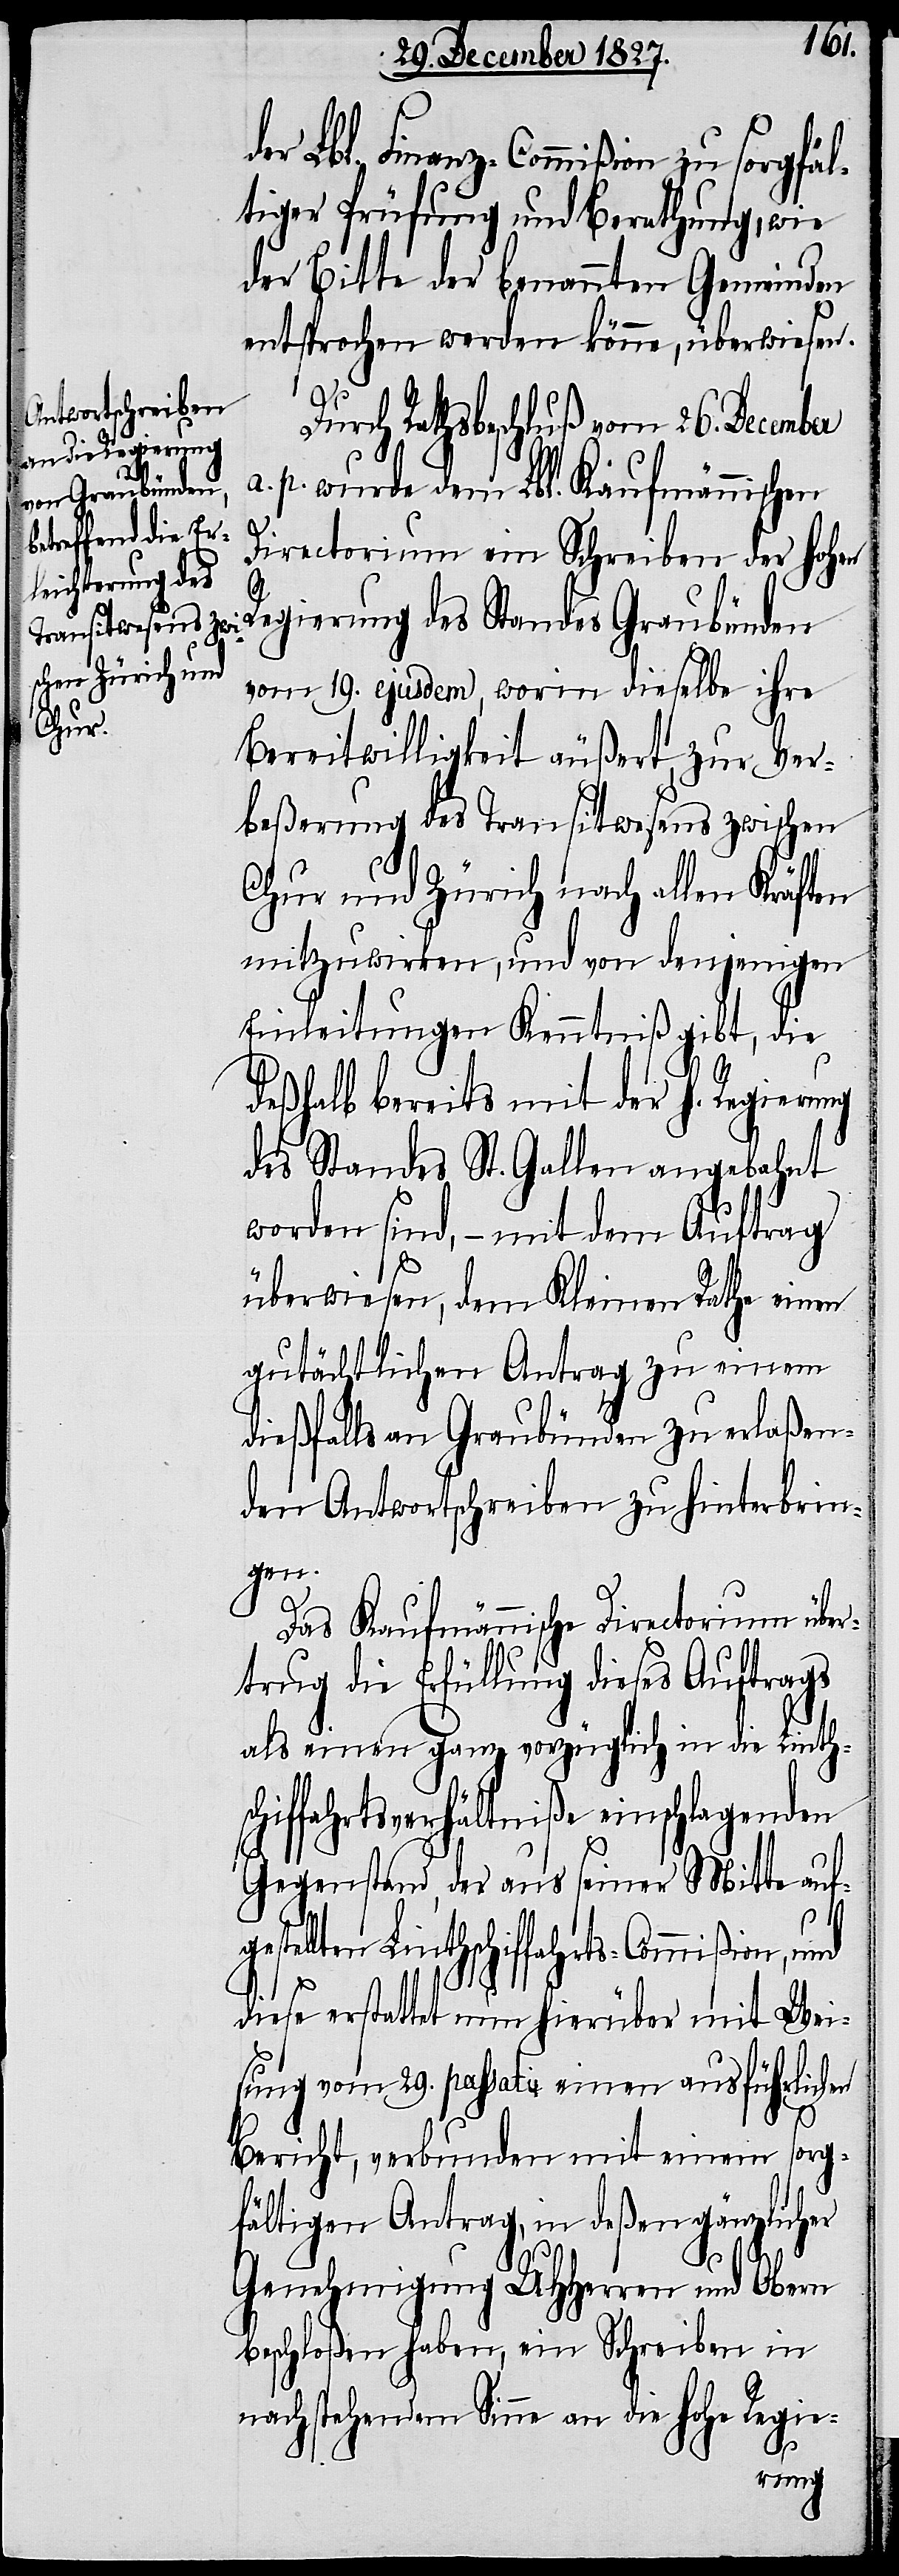
der Llb. Finanz-Commißion zu sorgfäl¬
tiger Prüfung und Berathung, wie
der Bitte der benannten Gemeinden
entsprochen werden könne, überwiesen.
Durch Rathsbeschluß vom 26. December
a. p. wurde dem Lbl. Kaufmännischen
Directorium ein Schreiben der hohen
Regierung des Standes Graubünden
vom 19. ejusdem, worin dieselbe ihre
Bereitwilligkeit äußert, zur Ver¬
beßerung des Transitwesens zwischen
Chur und Zürich nach allen Kräften
mitzuwirken, und von denjenigen
Einleitungen Kenntniß gibt, die
deßhalb bereits mit der h. Regierung
des Standes St. Gallen angebahnt
worden sind, – mit dem Auftrag
überwiesen, dem Kleinen Rathe einen
gutächtlichen Antrag zu einem
dießfalls an Graubünden zu erlaßen¬
den Antwortschreiben zu hinterbrin¬
gen.
Das Kaufmännische Directorium über¬
trug die Erfüllung dieses Auftrags
als einen ganz vorzüglich in die Linths¬
chiffahrtsverhältniße einschlagenden
Gegenstand, der aus seiner Mitte aufge¬
s¬
tellten Linthschiffahrts-Commißion, und
diese erstattet nun hierüber mit Wei¬
sung vom 29. passati einen ausführlichen
Bericht, verbunden mit einem sorg¬
fältigen Antrag, in deßen gänzlicher
Genehmigung UHHerren und Obern
beschloßen haben, ein Schreiben in
nachstehendem Sinne an die hohe Regie-